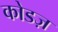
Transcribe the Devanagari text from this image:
कोडज़